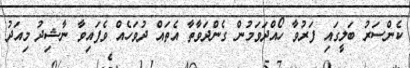
ކެންސަރު ބަލީގައި ފަރުވާ ހޯއްދަވަމުން ގެންދަވާތާ އެތައް ދުވަހެއް ވެފައިވާ ނާޝިދު މިއަދު